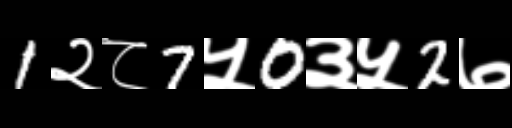
Text: 1२८7५0३५2७